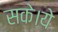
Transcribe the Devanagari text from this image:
सके।ये